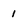
Character: 1